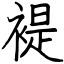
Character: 褆